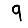
Digit: 9